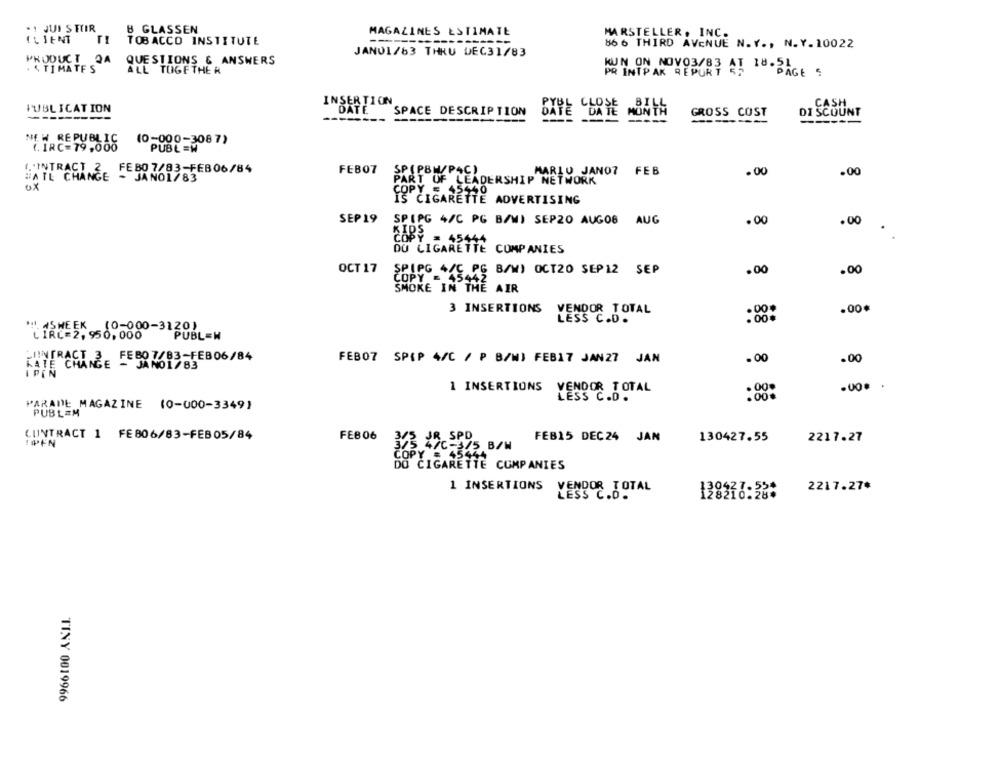
. 1 JUI S TUR
B GLASSEN
CLIENT
MAGAZINES ESTIMATE
MARSTELLER, INC.
TOBACCO INSTITUTE
86 6 THIRD AVENUE N. Y ., N. Y. 10022
JAN01/63 THRU DEC31/83
PRODUCT 2A
QUESTIONS & ANSWERS
+ 4 TOMATES
ALL TOGETHER
KUN ON NOVO3/83 AT 18.51
PR INTPAK REPORT
PAGE 5
PUBLICATION
INSERTION
CASH
DATE
SPACE DESCRIPTION
GROSS COST
DI SCOUNT
--------
NE W REPUBLI
(0-000-3087)
PUBL =W
1. INTRACT 2
FEB07
SP(PBN/PAC)
FEB0 7/83-FEB06/84
MARIO JANO7 FEB
.00
.00
#AIL CHANGE - JANO1/83
PART OF LEADERSHIP NETWORK
ox
COPY = 45440
IS CIGARETTE ADVERTISING
SEP 19
SPIPG 4/C PG B/W) SEP20 AUG08 AUG
.00
.00
KIPS
COPY = 4544
DU CIGARETTE COMPANIES
OCT 17
2G 4/C PG B/W) OCT20 SEP12 SEP
.00
.00
42
SMOKE IN
AIR
3 INSERTIONS
VENDOR TOTAL
.00*
LESS C.D.
.00
ASWEEK 10-000-3120)
PUBL=W
FEB07 SPIP 4/C / P B/MI FEB17 JAN27 JAN
.00
.00
INTERCHANGE - JANO1/83
1 INSERTIONS
00.
LESS C.D.
VENDOR TOTAL
PARADE MAGAZINE (0-000-3349)
PUBLEM
CONTRACT 1 FE806/83-FEB05/84
FEB06
FEB15 DEC24 JAN
130427.55
2217.27
470-375 B/W
COPY - 4544
DO CIGARETTE COMPANIES
1 INSERTIONS
VENDOR TOTAL
2217.27*
LESS C.D.
TINY 0019966